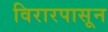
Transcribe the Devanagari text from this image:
विरारपासून